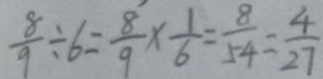
\frac { 8 } { 9 } \div 6 = \frac { 8 } { 9 } \times \frac { 1 } { 6 } = \frac { 8 } { 5 4 } = \frac { 4 } { 2 7 }